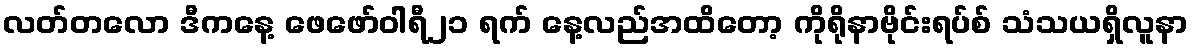
လတ်တလော ဒီကနေ့ ဖေဖော်ဝါရီ၂၁ ရက် နေ့လည်အထိတော့ ကိုရိုနာဗိုင်းရပ်စ် သံသယရှိလူနာ